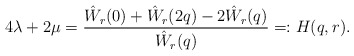
\begin{align*}4\lambda + 2\mu = \frac{\hat W_r(0) + \hat W_r(2q)-2\hat W_r(q)}{\hat W_r(q)} =: H(q,r).\end{align*}